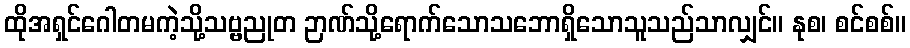
ထိုအရှင်ဂေါတမကဲ့သို့သဗ္ဗညုတ ဉာဏ်သို့ရောက်သောသဘောရှိသောသူသည်သာလျှင်။ နုစ၊ စင်စစ်။